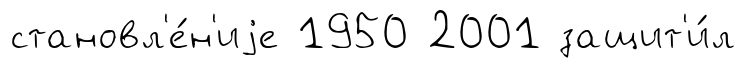
становл'е́н'иjе 1950 2001 защит'и́л